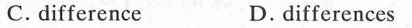
C. difference D. differences